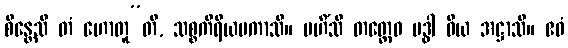
စိန္တေသိ တံ ဟောတူ”တိ, သစ္စကိရိယမကာသိ။ မဟိံသီ တတ္ထေဝ ဗဒ္ဓါ ဝိယ အဋ္ဌာသိ။ ဧဝံ